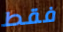
فقط